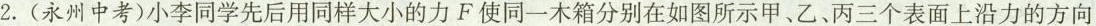
2. (永州中考)小李同学先后用同样大小的力F使同一木箱分别在如图所示甲、乙、丙三个表面上沿力的方向